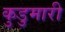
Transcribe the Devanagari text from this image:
कुडुमारी